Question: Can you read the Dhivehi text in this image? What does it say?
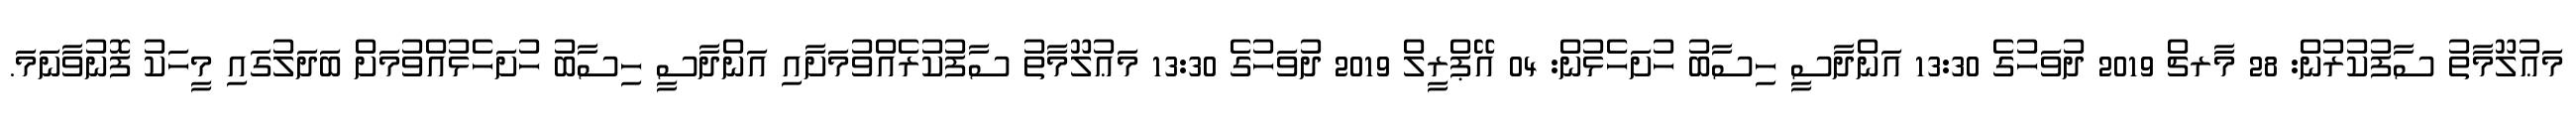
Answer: މަޢުލޫމާތު ސާފުކުރުން: 28 މާރޗް 2019 ދުވަހުގެ 13:30 އަންދާސީ ހިސާބު ހުށަހެޅުން: 04 އޭޕްރީލް 2019 ދުވަހުގެ 13:30 މަޢުލޫމާތު ސާފުކުރެއްވުމަށާއި އަންދާސީ ހިސާބު ހުށަހެޅުއްވުމަށް ބަދަލުގައި މީހަކު ފޮނުވާނަމަ.